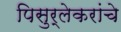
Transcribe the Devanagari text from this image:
पिसुर्लेकरांचे